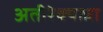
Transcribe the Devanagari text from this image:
अतीरेक्यान्ना